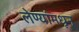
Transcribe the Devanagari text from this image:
लेण्यांमधून